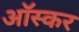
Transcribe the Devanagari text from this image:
आॅस्कर